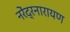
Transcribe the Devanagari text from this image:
नरेंद्रनारायण